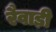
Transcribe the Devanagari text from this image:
रैवाड़ी